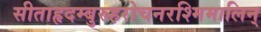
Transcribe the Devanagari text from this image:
सीताहृदम्बुरुहरोचनरश्मिमालिन्